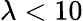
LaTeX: \lambda<10